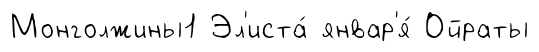
Монголжины1 Эл'иста́ январ'я́ Ойраты